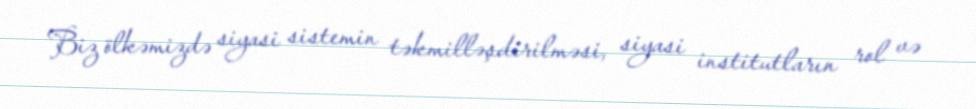
Biz ölkəmizdə siyasi sistemin təkmilləşdirilməsi, siyasi institutların rol və